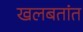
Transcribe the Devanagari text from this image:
खलबतांत